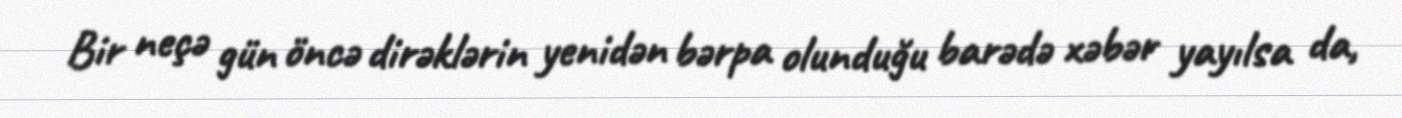
Bir neçə gün öncə dirəklərin yenidən bərpa olunduğu barədə xəbər yayılsa da,